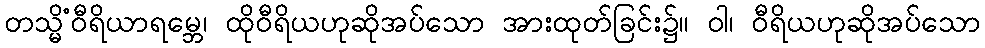
တသ္မိံဝီရိယာရမ္ဘေ၊ ထိုဝီရိယဟုဆိုအပ်သော အားထုတ်ခြင်း၌။ ဝါ၊ ဝီရိယဟုဆိုအပ်သော